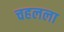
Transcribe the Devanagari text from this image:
चहलला